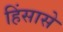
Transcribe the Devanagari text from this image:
हिंसासे